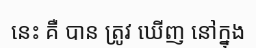
នេះ គឺ បាន ត្រូវ ឃើញ នៅក្នុង